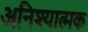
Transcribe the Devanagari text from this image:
अनिश्यात्मक